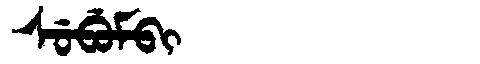
Manchu: ᠰᡠᠪᡠᠮᠪᡳ
Romanization: SUBUMBI